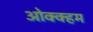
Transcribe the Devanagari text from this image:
ओक्क्हम